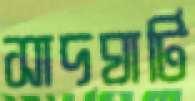
সাদঘাটি